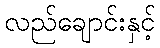
လည်ချောင်းနှင့်